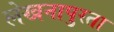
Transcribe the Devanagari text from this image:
लेखनापुरता